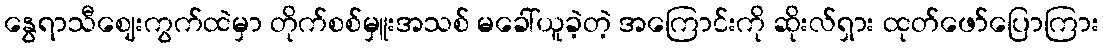
နွေရာသီဈေးကွက်ထဲမှာ တိုက်စစ်မှူးအသစ် မခေါ်ယူခဲ့တဲ့ အကြောင်းကို ဆိုးလ်ရှား ထုတ်ဖော်ပြောကြား